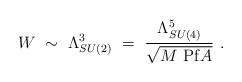
LaTeX: \begin{align*}W~\sim~\Lambda_{SU(2)}^3~=~ {\Lambda_{SU(4)}^5 \over \sqrt{M~ {\rm Pf} A}}~.\end{align*}